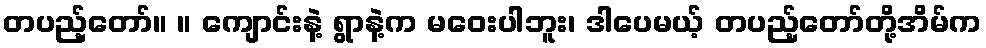
တပည့်တော်။ ။ ကျောင်းနဲ့ ရွာနဲ့က မဝေးပါဘူး၊ ဒါပေမယ့် တပည့်တော်တို့အိမ်က